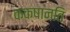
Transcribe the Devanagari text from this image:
कक्षानति